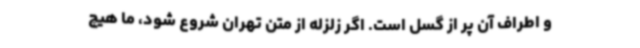
و اطراف آن پر از گسل است. اگر زلزله از متن تهران شروع شود، ما هیچ